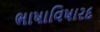
ભાષાવિષારદ